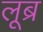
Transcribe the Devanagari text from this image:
लूब्र